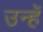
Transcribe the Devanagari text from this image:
उन्हॅ